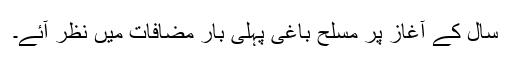
سال کے آغاز پر مسلح باغی پہلی بار مضافات میں نظر آئے۔